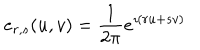
e _ { r , s } ( u , v ) = \frac 1 { 2 \pi } e ^ { \imath ( r u + s v ) }